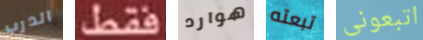
الدرب فقط هوارد تبعته اتبعونى